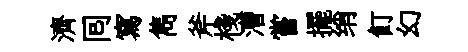
濟囘寫雋斧棧漕嘗擺绡飣幻